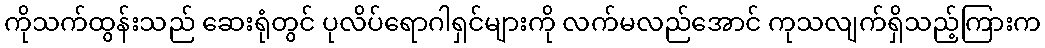
ကိုသက်ထွန်းသည် ဆေးရုံတွင် ပုလိပ်ရောဂါရှင်များကို လက်မလည်အောင် ကုသလျက်ရှိသည့်ကြားက